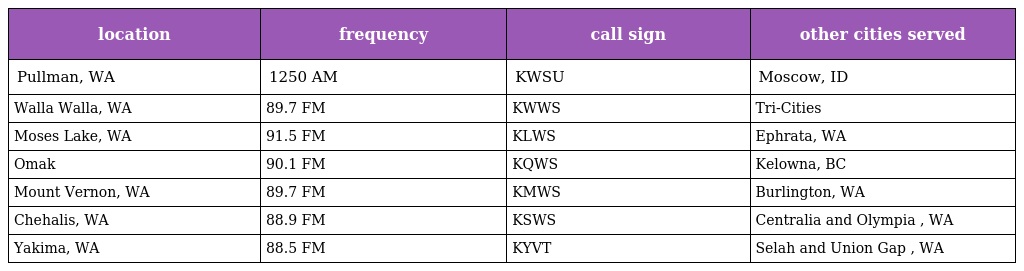
| location | frequency | call sign | other cities served |
 | --- | --- | --- | --- |
 | Pullman, WA | 1250 AM | KWSU | Moscow, ID |
 | Walla Walla, WA | 89.7 FM | KWWS | Tri-Cities |
 | Moses Lake, WA | 91.5 FM | KLWS | Ephrata, WA |
 | Omak | 90.1 FM | KQWS | Kelowna, BC |
 | Mount Vernon, WA | 89.7 FM | KMWS | Burlington, WA |
 | Chehalis, WA | 88.9 FM | KSWS | Centralia and Olympia , WA |
 | Yakima, WA | 88.5 FM | KYVT | Selah and Union Gap , WA |